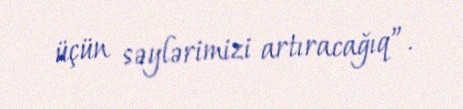
üçün səylərimizi artıracağıq”.